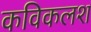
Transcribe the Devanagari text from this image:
कविकलश